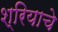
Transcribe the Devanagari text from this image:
श्रियाचे